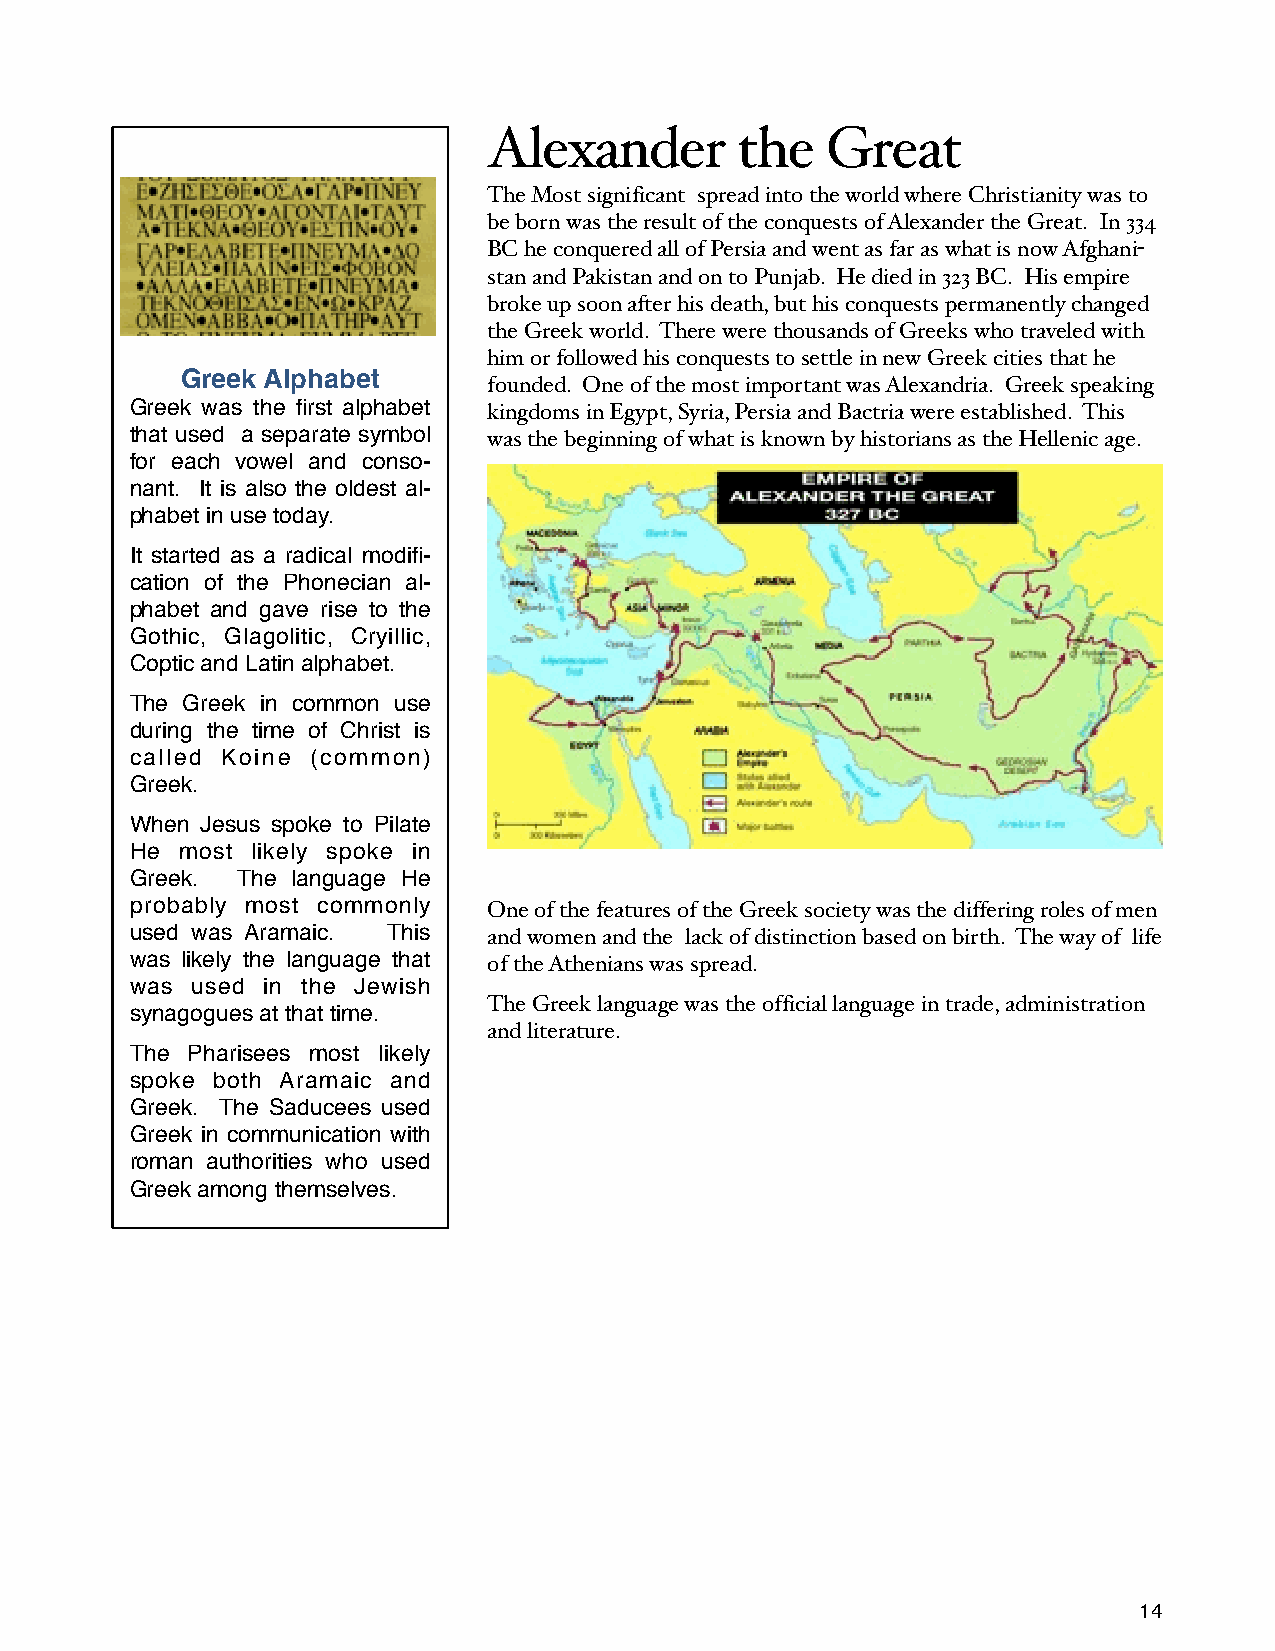
Alexander        the   Great
 The Most significant spread into the world where Christianity was to
 be born was the result of the conquests of Alexander the Great. In 334
 BC he conquered all of Persia and went as far as what is now Afghani-
 stan and Pakistan and on to Punjab. He died in 323 BC. His empire
 broke up soon after his death, but his conquests permanently changed
 the Greek world. There were thousands of Greeks who traveled with
 him or followed his conquests to settle in new Greek cities that he
 Greek Alphabet
 founded. One of the most important was Alexandria. Greek speaking
 Greek was the first alphabet kingdoms in Egypt, Syria, Persia and Bactria were established. This
 that used a separate symbol was the beginning of what is known by historians as the Hellenic age.
 for each vowel and conso-
 nant. It is also the oldest al-
 phabet in use today.
 It started as a radical modifi-
 cation of the Phonecian al-
 phabet and gave rise to the
 Gothic, Glagolitic, Cryillic,
 Coptic and Latin alphabet.
 The Greek in common use
 during the time of Christ is
 called Koine (common)
 Greek.
 When Jesus spoke to Pilate
 He most likely spoke in
 Greek. The language He
 probably most commonly One of the features of the Greek society was the differing roles of men
 used was Aramaic. This and women and the lack of distinction based on birth. The way of life
 was likely the language that of the Athenians was spread.
 was used in the Jewish
 The Greek language was the official language in trade, administration
 synagogues at that time.
 and literature.
 The Pharisees most likely
 spoke both Aramaic and
 Greek. The Saducees used
 Greek in communication with
 roman authorities who used
 Greek among themselves.
 14